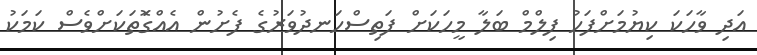
އަދި ވާހަކަ ކިޔުމަށްފަހު ފިލްމް ބަލާ މީހަކަށް ފަތިސްހަނދުވަރުގެ ފެށުން އެއްގޮަތަކަށްވެސް ކަމަކު